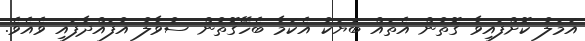
އަމަލު ކޮށްފައިވާ ގޮތުން އެތައް ބަޔަކު އެކަމާ ބެހޭގޮތުން ސުވާލު އުފައްދާފައި ވެއެވެ.